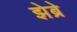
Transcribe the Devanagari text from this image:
झेब्रे